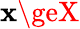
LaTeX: \mathbf{x}\geX